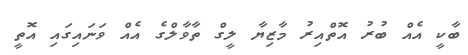
ބާކީ އެއް ބުރު އޮތްއިރު މާޒިޔާ ލީގް ތާވާލްގެ އެއް ވަނައިގައި އޮތީ